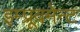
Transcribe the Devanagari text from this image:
इम्प्रूवमेन्ट